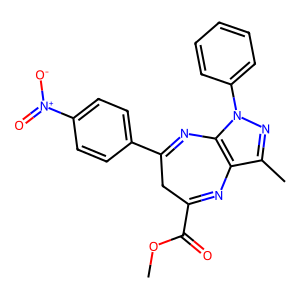
SMILES: COC(=O)C1=Nc2c(C)nn(-c3ccccc3)c2N=C(c2ccc([N+](=O)[O-])cc2)C1
Inhibits HIV replication: No